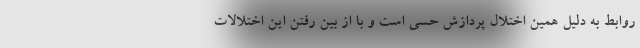
روابط به دلیل همین اختلال پردازش حسی است و با از بین رفتن این اختلالات